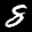
Label: 8